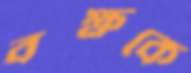
বক্ষকে